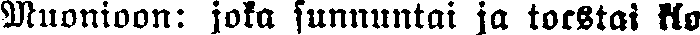
Muonioon: joka sunnuntai ja torstai klo